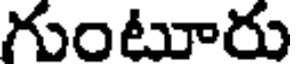
గుంటూరు